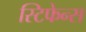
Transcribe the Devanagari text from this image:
स्टिफेन्स